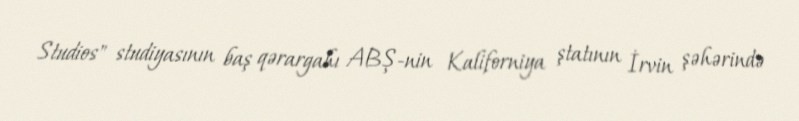
Studios" studiyasının baş qərargahı ABŞ-nin Kaliforniya ştatının İrvin şəhərində